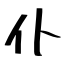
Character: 仆